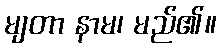
မျတာ နာမ၊ မည်၏။